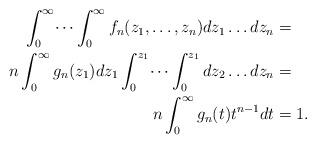
LaTeX: \begin{align*}\int_0^\infty \dots \int_0^\infty f_n(z_1,\dots,z_n)dz_1\dots dz_n&=& \\n\int_0^\infty g_n(z_1)dz_1 \int_0^{z_1} \dots \int_0^{z_1} dz_2\dots dz_n&=& \\n \int_0^\infty g_n(t)t^{n-1}dt&=1.\end{align*}